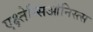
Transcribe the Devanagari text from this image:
एक्ष्तेन्सिओनिस्त्स